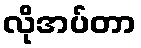
လိုအပ်တာ